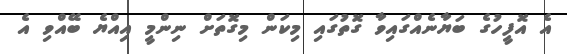
އެ އޮފީހުގެ ބަޔާނެއްގައިވާ ގޮތުގައި މިކަން މިގޮތަށް ނިންމީ އިއްޔެ ބޭއްވި އެ